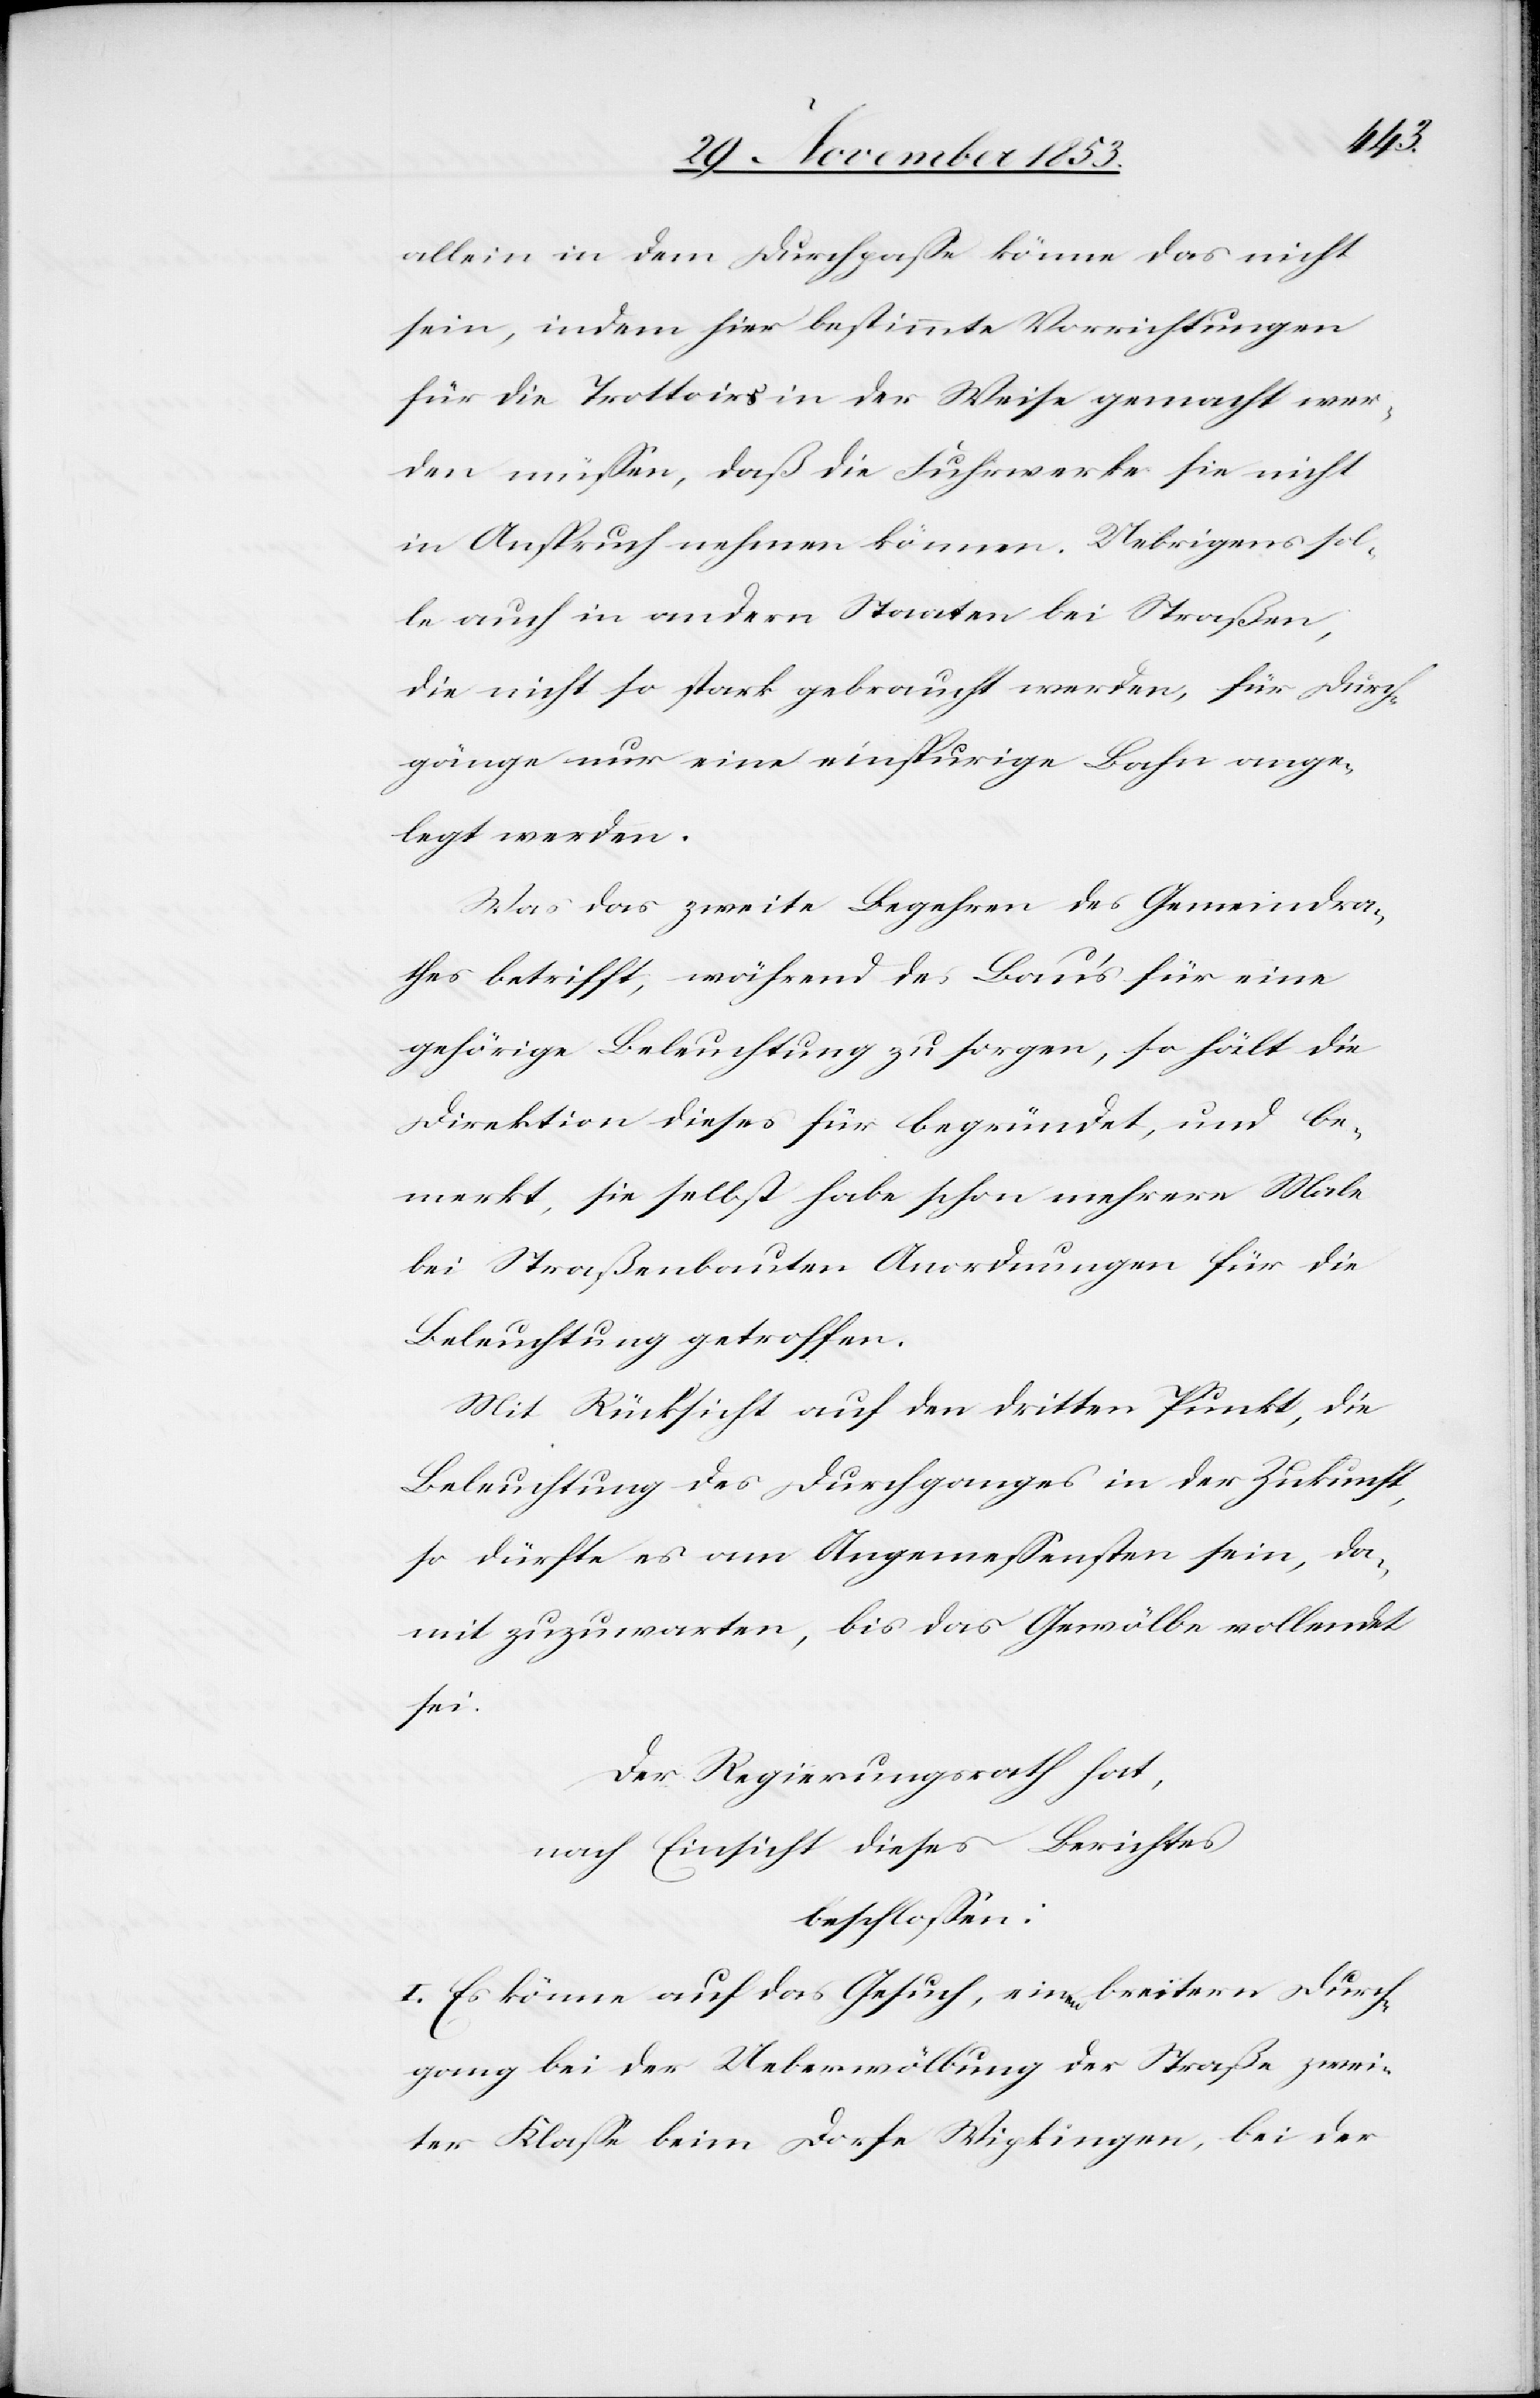
allein in dem Durchpaße könne das nicht
sein, indem hier bestimmte Vorrichtungen
für die Trottoirs in der Weise gemacht wer¬
den müßen, daß die Fuhrwerke sie nicht
in Anspruch nehmen können. Uebrigens sol¬
le auch in andern Staaten bei Straßen,
die nicht so stark gebraucht werden, für Durch¬
gänge nur eine einspurige Bahn ange¬
legt werden.
Was das zweite Begehren des Gemeindra¬
thes betrifft, während des Bau’s für eine
gehörige Beleuchtung zu sorgen, so hält die
Direktion dieses für begründet, und be¬
merkt, sie selbst habe schon mehrere Male
bei Straßenbauten Anordnungen für die
Beleuchtung getroffen.
Mit Rücksicht auf den dritten Punkt, die
Beleuchtung des Durchganges in der Zukunft,
so dürfte es am Angemeßensten sein, da¬
mit zuzuwarten, bis das Gewölbe vollendet
sei.
Der Regierungsrath hat,
nach Einsicht dieses Berichtes
beschloßen:
I. Es könne auf das Gesuch, einem breitern Durch¬
gang bei der Ueberwölbung der Straße zwei¬
ter Klaße beim Dorfe Wipkingen, bei der